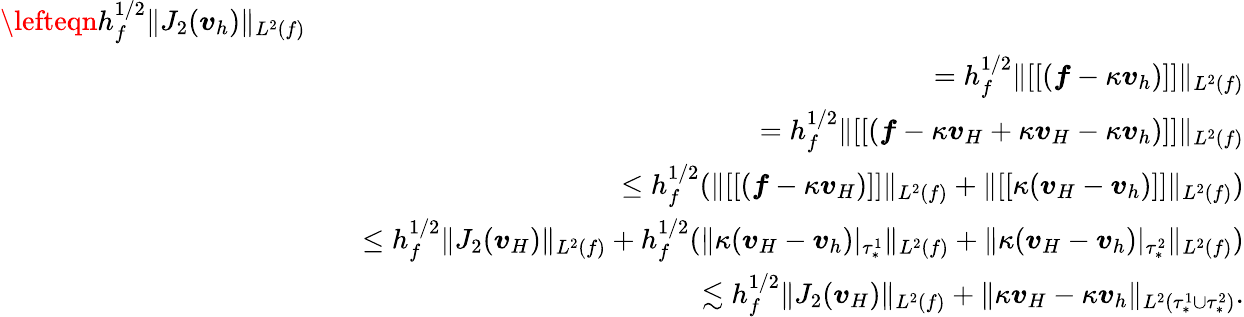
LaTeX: \begin{array}{rlr}{\lefteqn{h_{f}^{1/2}\| J_{2}(\boldsymbol{v}_{h})\| _{L^{2}(f)}}}\\ &{}&{=h_{f}^{1/2}\| [[(\boldsymbol{f}-\kappa\boldsymbol{v}_{h})]]\| _{L^{2}(f)}}\\ &{}&{=h_{f}^{1/2}\| [[(\boldsymbol{f}-\kappa\boldsymbol{v}_{H}+\kappa\boldsymbol{v}_{H}-\kappa\boldsymbol{v}_{h})]]\| _{L^{2}(f)}}\\ &{}&{\leq h_{f}^{1/2}(\| [[(\boldsymbol{f}-\kappa\boldsymbol{v}_{H})]]\| _{L^{2}(f)}+\| [[\kappa(\boldsymbol{v}_{H}-\boldsymbol{v}_{h})]]\| _{L^{2}(f)})}\\ &{}&{\leq h_{f}^{1/2}\| J_{2}(\boldsymbol{v}_{H})\| _{L^{2}(f)}+h_{f}^{1/2}(\| \kappa(\boldsymbol{v}_{H}-\boldsymbol{v}_{h})\vert_{\tau_{*}^{1}}\| _{L^{2}(f)}+\| \kappa(\boldsymbol{v}_{H}-\boldsymbol{v}_{h})\vert_{\tau_{*}^{2}}\| _{L^{2}(f)})}\\ &{}&{\lesssim h_{f}^{1/2}\| J_{2}(\boldsymbol{v}_{H})\| _{L^{2}(f)}+\| \kappa\boldsymbol{v}_{H}-\kappa\boldsymbol{v}_{h}\| _{L^{2}(\tau_{*}^{1}\cup\tau_{*}^{2})}.}\end{array}